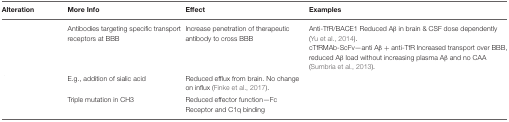
<table><thead><tr><td><b>Alteration</b></td><td><b>More Info</b></td><td><b>Effect</b></td><td><b>Examples</b></td></tr></thead><tbody><tr><td>[EMPTY_CELL]</td><td>Antibodies targeting specific transport receptors at BBB</td><td>Increase penetration of therapeutic antibody to cross BBB</td><td>Anti-TfR/BACE1 Reduced Aβ in brain &amp; CSF dose dependently (Yu et al., 2014). cTfRMAb-ScFv—anti Aβ + anti-TfR Increased transport over BBB, reduced Aβ load without increasing plasma Aβ and no CAA (Sumbria et al., 2013).</td></tr><tr><td>[EMPTY_CELL]</td><td>E.g., addition of sialic acid</td><td>Reduced efflux from brain. No change on influx (Finke et al., 2017).</td><td>[EMPTY_CELL]</td></tr><tr><td>[EMPTY_CELL]</td><td>Triple mutation in CH3</td><td>Reduced effector function—Fc Receptor and C1q binding</td><td>[EMPTY_CELL]</td></tr></tbody></table>